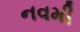
નવમી